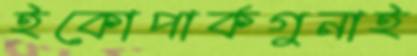
ইকোপার্কগুনাই